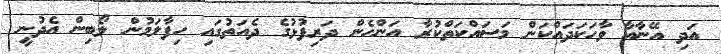
އަދި އޭނާއާ ވާހަކަދައްކަން މަސައްކަތްކުރާ އަންހެން ދަރިފުޅުގެ ދެއަތުގައި ހިފާލަމުން ލޯބިން އެދުނީ